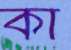
কা